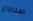
استرجاع